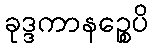
ခုဒ္ဒကာနဉ္စေပိ